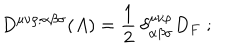
D ^ { \mu \nu \rho ; \alpha \beta \sigma } ( A ) = \frac { 1 } { 2 } \: \delta _ { \alpha \beta \sigma } ^ { \mu \nu \rho } D _ { F } \; ;